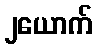
၂ယောက်